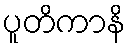
ပူတိကာနိ